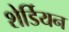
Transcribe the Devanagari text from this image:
शेर्डियन